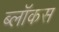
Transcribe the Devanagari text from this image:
ब्लॉकस